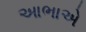
આભાએ